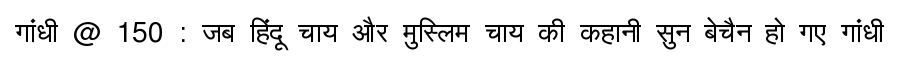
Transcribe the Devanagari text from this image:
गांधी @ 150 : जब हिंदू चाय और मुस्लिम चाय की कहानी सुन बेचैन हो गए गांधी